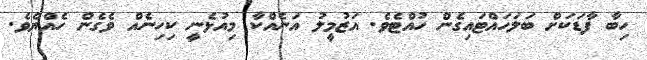
ހިބާ ފާޑަކަށް ބަލަހައްޓައިގެން ހުއްޓެވެ. އަޒުމީލު އަނެއްކާ މިއުޅެނީ ކިހިނެއް ވެގެން ހެއްޔެވެ.